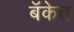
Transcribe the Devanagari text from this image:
बॅकेत